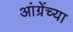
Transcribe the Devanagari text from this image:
आंग्रेंच्या